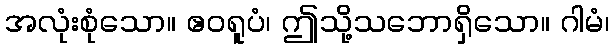
အလုံးစုံသော။ ဧဝရူပံ၊ ဤသို့သဘောရှိသော။ ဂါမံ၊